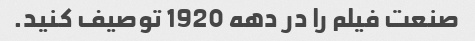
صنعت فیلم را در دهه 1920 توصیف کنید.